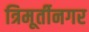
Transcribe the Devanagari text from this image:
त्रिमूर्तीनगर